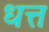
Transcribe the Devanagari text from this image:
धत्त